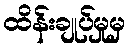
ထိန်းချုပ်မှုမှ